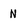
Character: n